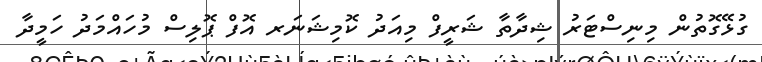
ގުޅޭގޮތުން މިނިސްޓަރު ޝިދާތާ ޝަރީފް މިއަދު ކޮމިޝަނަރ އޮފް ޕޮލިސް މުހައްމަދު ހަމީދާ